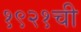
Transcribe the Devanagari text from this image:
१९२१ची